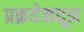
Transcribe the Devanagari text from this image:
प्रक्रयेमधून